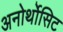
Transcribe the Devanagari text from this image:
अनोर्थोसिट